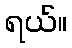
ရယ်။